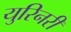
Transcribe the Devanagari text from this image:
युरिनरी